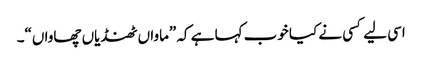
اسی لیے کسی نے کیا خوب کہا ہے کہ ”ماواں ٹھنڈیاں چھاواں“۔